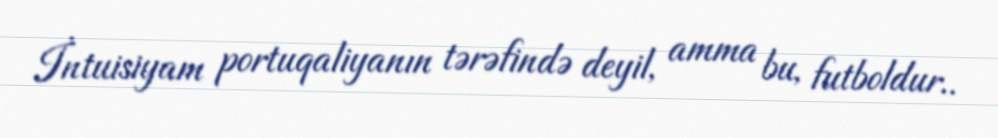
İntuisiyam portuqaliyanın tərəfində deyil, amma bu, futboldur..